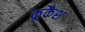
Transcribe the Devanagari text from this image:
कूकैश